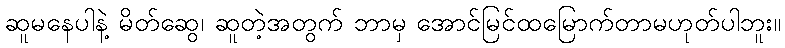
ဆူမနေပါနဲ့ မိတ်ဆွေ၊ ဆူတဲ့အတွက် ဘာမှ အောင်မြင်ထမြောက်တာမဟုတ်ပါဘူး။